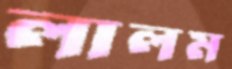
লালম